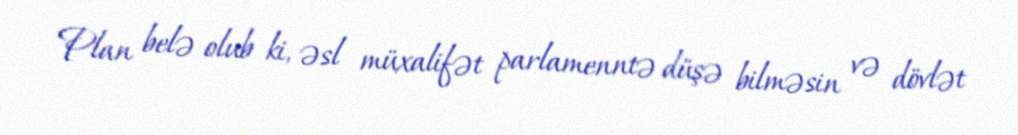
Plan belə olub ki, əsl müxalifət parlamenntə düşə bilməsin və dövlət